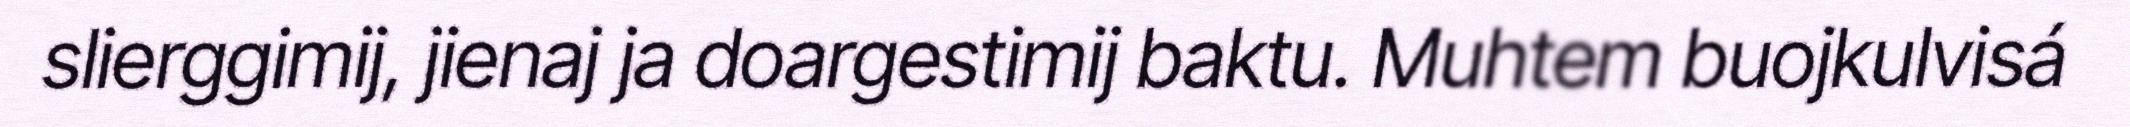
slierggimij, jienaj ja doargestimij baktu. Muhtem buojkulvisá